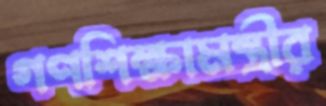
গণশিক্ষামন্ত্রীর